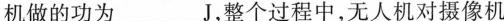
机做的功为_______J，整个过程中，无人机对摄像机